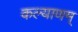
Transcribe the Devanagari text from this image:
कल्‍याणम्